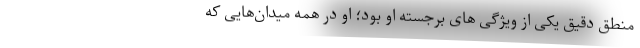
منطق دقیق یکی از ویژگی های برجسته او بود؛ او در همه میدان‌هایی که